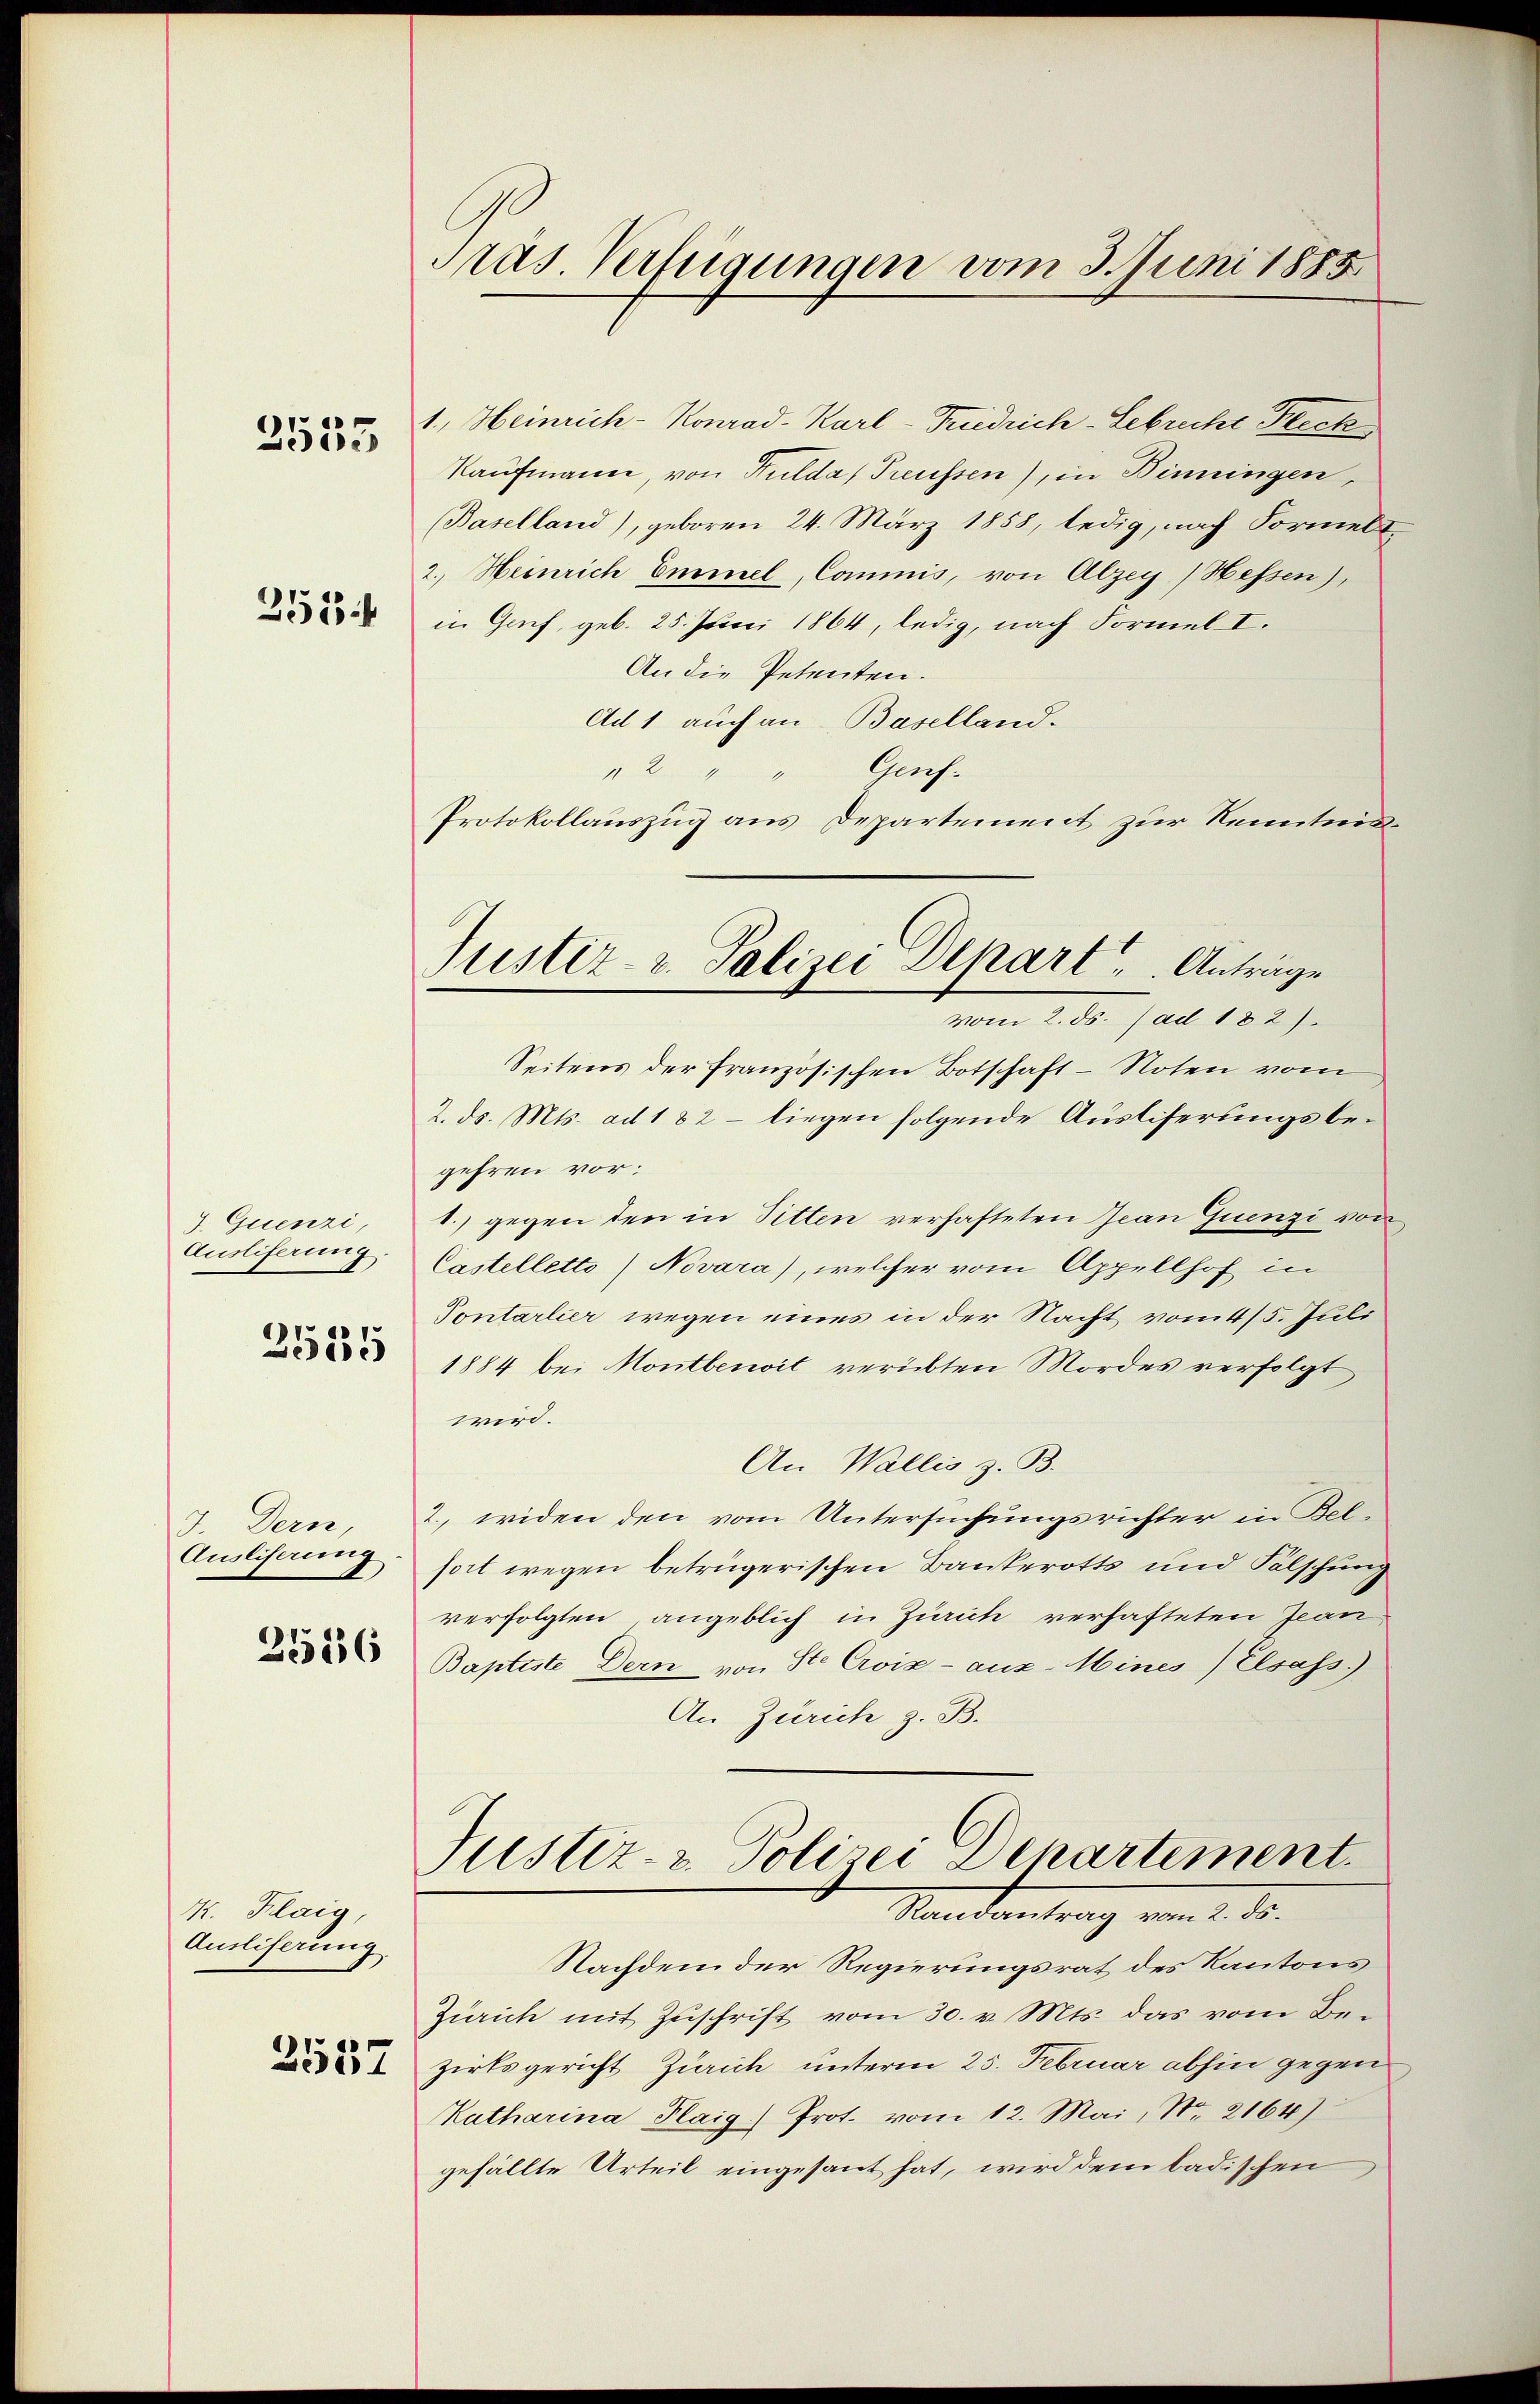
2555

.
154

3. Quenzi,
Ausliferung.

2535

3. Dern,
Ausliserung

2556

K. Klaig,
Ausliserung.

2537

Präs. Verfügungen vom 3. Juni 1885

Justiz- & Polizei Depart u. Anträge
vom 2. ds. (ad 182).

1., Heinrich-Konrad-Karl-Friedrich-Lebrucht Freck
Kaufmann, von Fuldas Preussen), in Biningen,
(Baselland), geboren 24. März 1858, ledig, nach Formelt¬
2. Heinrich Emmel, Commis, von Abzey (Hessen),
in Genf, geb. 25. Juni 1864, ledig, nach Formel I.
An die Petenten.
Ad 1 auch an Baselland.
Gach.
 244
Protokollauszug aus Departement zur Kenntnis¬
Seitens der französischen Botschaft - Noten vom
2. ds. Mts. ad 182 - liegen folgende Ausliserungsbegehren vor;
1.) gegen den in Sitten verhafteten Jean Quenzi von
Castelletto Novara), welcher vom Appellhof in
Sontarlier wegen eines in der Nacht vom 4/5. Juli
1884 bei Montberit verübten Mordes verfolgt
wird.
An Wallis z. B.
2., widen den vom Untersuchungsrichter in Bel-
sort wegen betrügerischen Bankerotts und Fälschung
verfolgten angeblich in Zürich verhafteten Jean
Baptiste Dern von Ste Croix - aus-Mines Elsass.)
An Zürich z. B.
Justiz- & Polizei Departement.
Nachdeutung vom 2. ds.
Nachdem der Regierungsrat des Kantons
Zürich mit Zuschrift vom 30. v. Mts. das vom Bezirksgericht Zürich unterm 25. Februar abhin gegen
Katharina Plaig.) Prot. vom 12. Mai, No. 2164)
gefällte Urteil eingesant hat, wird dem badischen